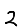
Digit: 2